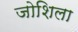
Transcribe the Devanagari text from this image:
जोशिला